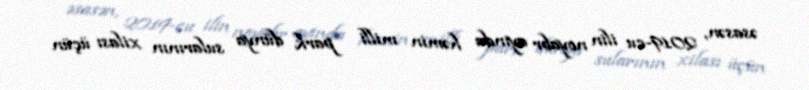
əsasən, 2019-cu ilin noyabr ayında həmin milli park dünya sularının xilası üçün